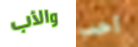
والأب أحب